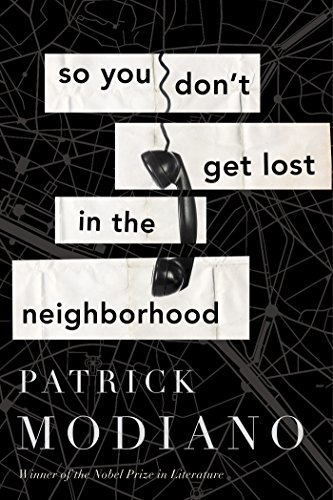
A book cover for So You Don't Get Lost in the Neighborhood; Patrick Modiano; Mystery, Thriller & Suspense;